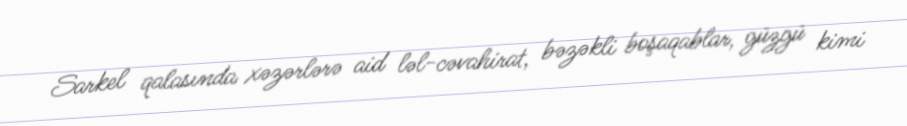
Sarkel qalasında xəzərlərə aid ləl-cəvahirat, bəzəkli boşaqablar, güzgü kimi